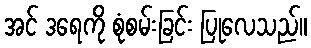
အင် ဒရေကို စုံစမ်းခြင်း ပြုလေသည်။